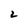
Character: 2